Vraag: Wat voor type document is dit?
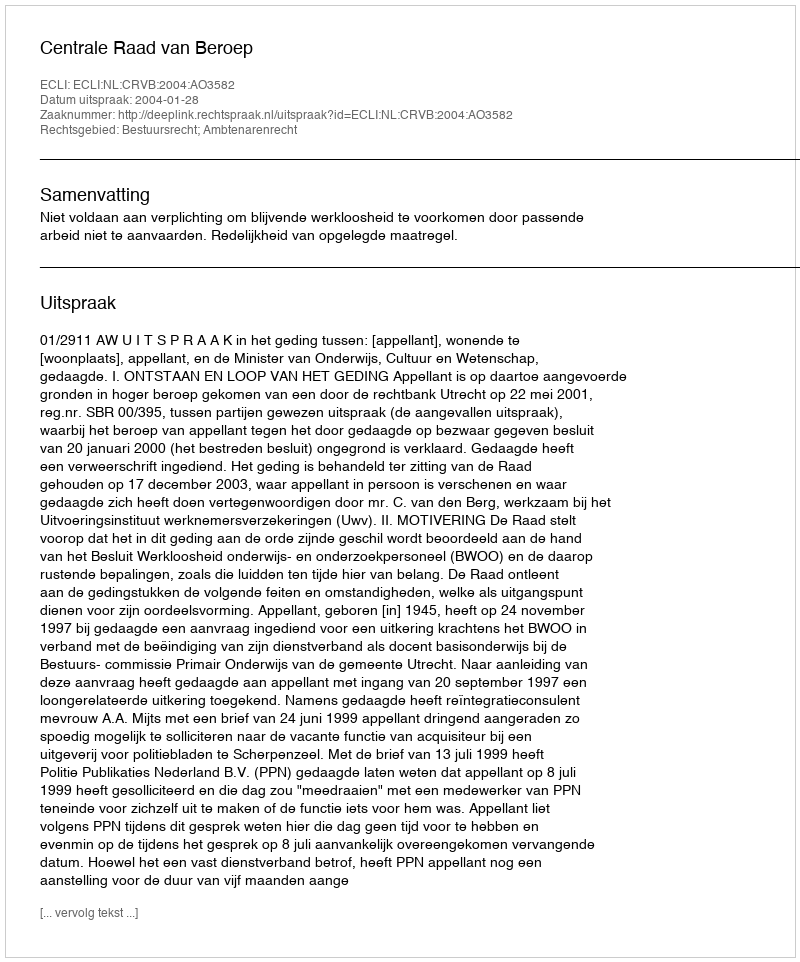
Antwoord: Uitspraak